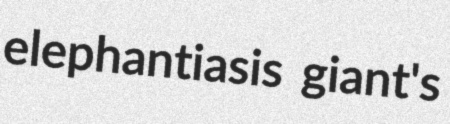
elephantiasis giant's